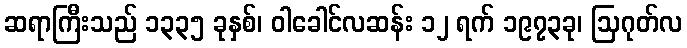
ဆရာကြီးသည် ၁၃၃၅ ခုနှစ်၊ ဝါခေါင်လဆန်း ၁၂ ရက် ၁၉၇၃ခု၊ ဩဂုတ်လ